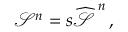
\mathcal { S } ^ { n } = s \widehat { \mathcal { S } \, } ^ { n } \, ,